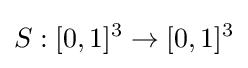
S:[0,1]^{3}\rightarrow [0,1]^{3}